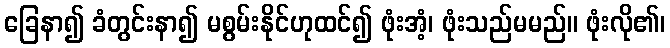
ခြေနာ၍ ခံတွင်းနာ၍ မစွမ်းနိုင်ဟုထင်၍ ဖုံးအံ့၊ ဖုံးသည်မမည်။ ဖုံးလို၏၊